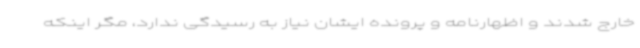
خارج شدند و اظهارنامه و پرونده ایشان نیاز به رسیدگی ندارد، مگر اینکه